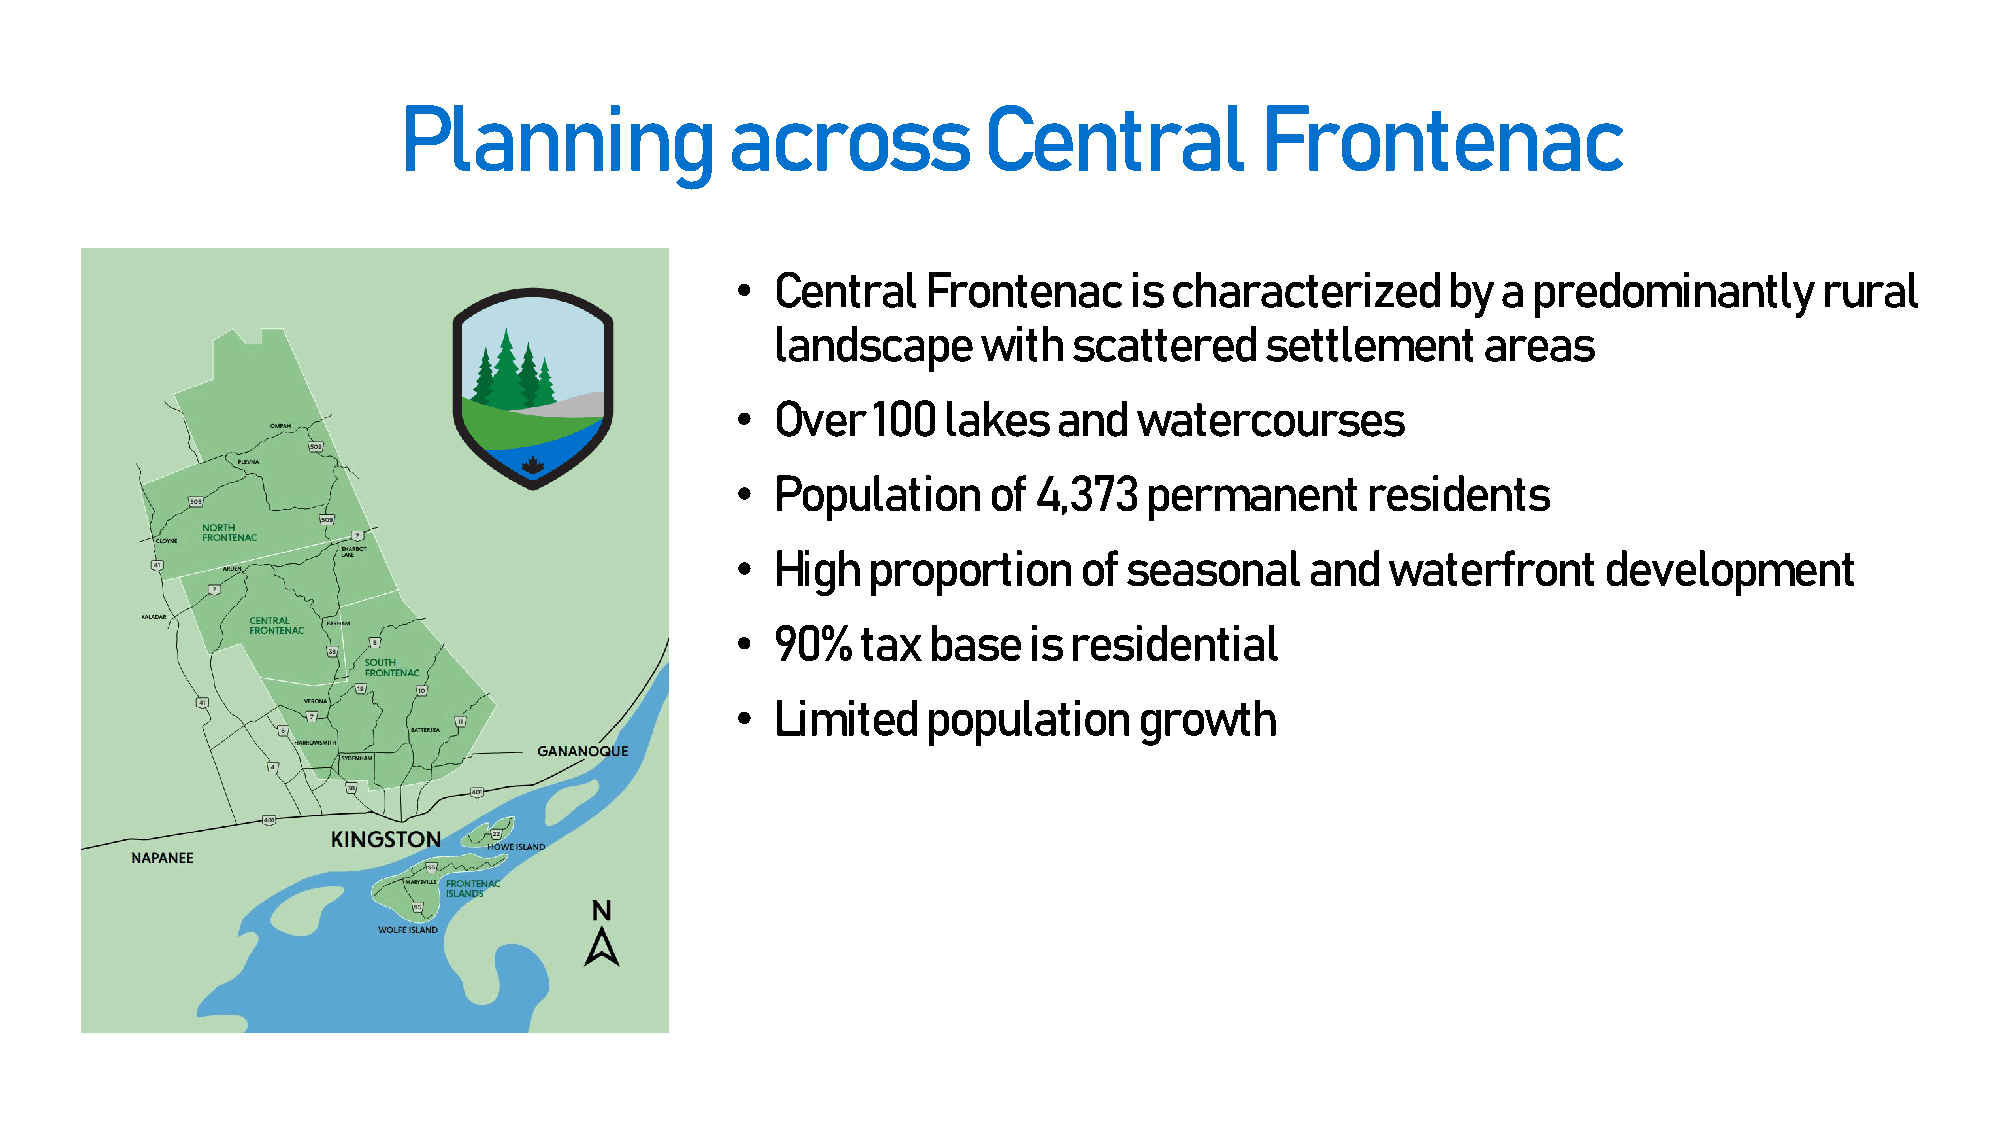
Planning              across           Central           Frontenac
 • Central   Frontenac     is characterized     by a predominantly      rural
 landscape     with  scattered    settlement    areas
 • Over   100 lakes   and  watercourses
 • Population    of 4,373   permanent     residents
 • High  proportion    of seasonal     and  waterfront    development
 • 90%   tax base   is residential
 • Limited   population    growth